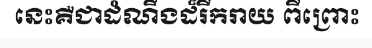
នេះគឺជាដំណឹងដ៏រីករាយ ពីព្រោះ